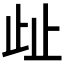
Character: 𣥖